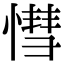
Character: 𢟩